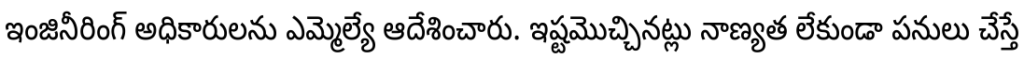
ఇంజినీరింగ్ అధికారులను ఎమ్మెల్యే ఆదేశించారు. ఇష్టమొచ్చినట్లు నాణ్యత లేకుండా పనులు చేస్తే